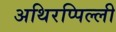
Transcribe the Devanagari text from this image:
अथिरप्पिल्ली